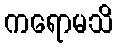
ကရောမသိ